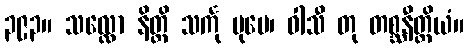
၃၉၃။ သလ္လော နိတ္ထိ သင်္ကု ပုမေ၊ ဝါသီ တု တစ္ဆနီတ္ထိယံ။